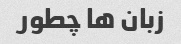
زبان ها چطور